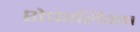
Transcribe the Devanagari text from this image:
शेफालिका।